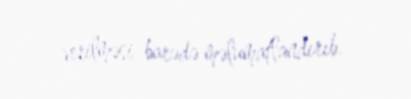
verilməsi barədə məlumatlandırıb.